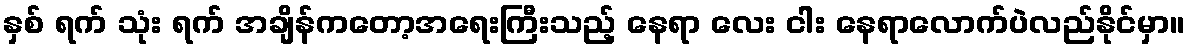
နှစ် ရက် သုံး ရက် အချိန်ကတော့အရေးကြီးသည့် နေရာ လေး ငါး နေရာလောက်ပဲလည်နိုင်မှာ။